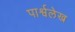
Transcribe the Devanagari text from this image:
पार्श्वलेख